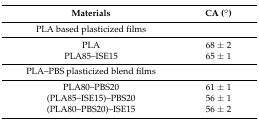
<table><thead><tr><td><b>Materials</b></td><td><b>CA (°)</b></td></tr></thead><tbody><tr><td>PLA based plasticized films</td><td></td></tr><tr><td>PLA</td><td>68 ± 2</td></tr><tr><td>PLA85–ISE15</td><td>65 ± 1</td></tr><tr><td>PLA–PBS plasticized blend films</td><td></td></tr><tr><td>PLA80–PBS20</td><td>61 ± 1</td></tr><tr><td>(PLA85–ISE15)–PBS20</td><td>56 ± 1</td></tr><tr><td>(PLA80–PBS20)–ISE15</td><td>56 ± 2</td></tr></tbody></table>